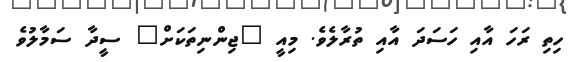
ހިތި ރަހަ އާއި ހަސަދަ އާއި ތުރާލެވެ. މިއީ "ޖިންނިތަކަށް" ސީދާ ސަމާލުވެ